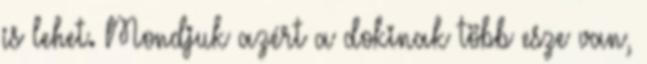
is lehet. Mondjuk azért a dokinak több esze van,